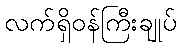
လက်ရှိဝန်ကြီးချုပ်